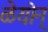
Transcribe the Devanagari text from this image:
ळेयोन्